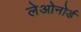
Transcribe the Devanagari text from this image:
लेओनोर्ड